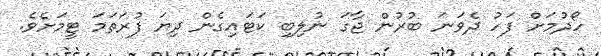
ހޯދުމަށް ފަހު ދެވަނަ ބުރުން ޖާގަ ނުލިބި ކަޓައިގެން ދިޔަ ފުރަތަމަ ޓީމަށެވެ.